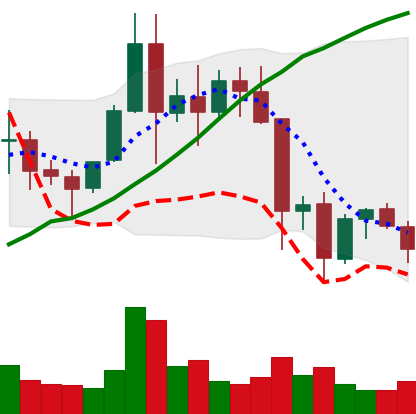
Ticker: EOS-USD
Chart end date: 2021-11-22
Forward return: -5.666%
Label: down_5_7